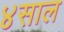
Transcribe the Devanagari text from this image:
४साल